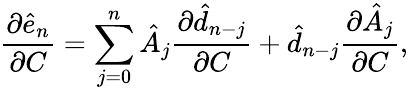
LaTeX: \frac{\partial\hat{e}_{n}}{\partial C}=\sum_{j=0}^{n}\hat{A}_{j}\frac{\partial\hat{d}_{n-j}}{\partial C}+\hat{d}_{n-j}\frac{\partial\hat{A}_{j}}{\partial C},